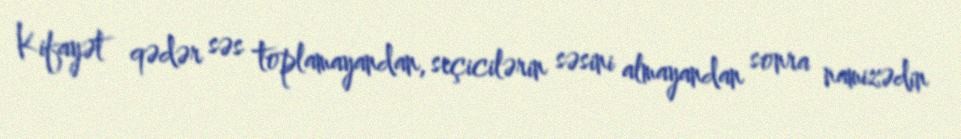
Kifayət qədər səs toplamayandan, seçicilərin səsini almayandan sonra namizədin